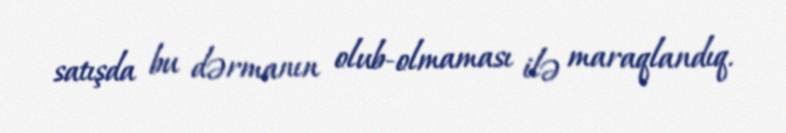
satışda bu dərmanın olub-olmaması ilə maraqlandıq.